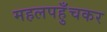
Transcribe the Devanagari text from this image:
महलपहुँचकर